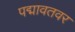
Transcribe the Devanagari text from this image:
पद्मावतवर